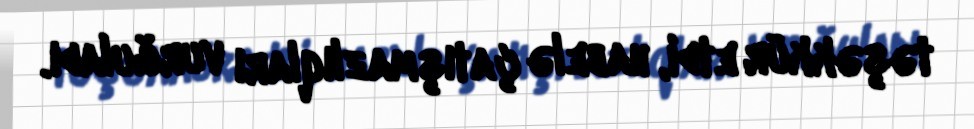
təşəkkür etdi, habelə çatışmazlıqları vurğuladı.